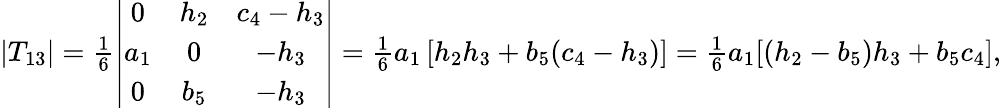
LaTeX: \begin{array}{r}{|T_{13}|=\frac 16\left|\begin{array}{ccc}{0}&{h_{2}}&{c_{4}-h_{3}}\\ {a_{1}}&{0}&{-h_{3}}\\ {0}&{b_{5}}&{-h_{3}}\end{array}\right|=\frac 16a_{1}\left[h_{2}h_{3}+b_{5}(c_{4}-h_{3})\right]=\frac 16a_{1}[(h_{2}-b_{5})h_{3}+b_{5}c_{4}],}\end{array}